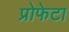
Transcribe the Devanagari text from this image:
प्रोफेटा